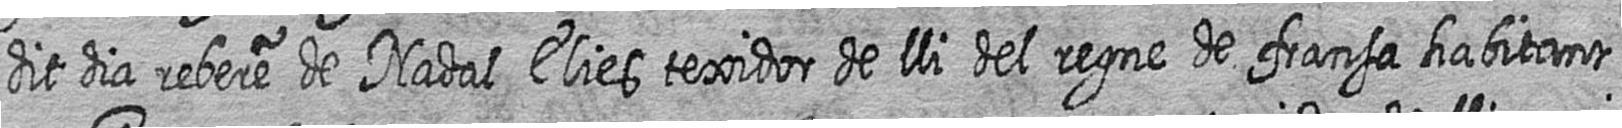
dit dia rebere de Nadal Elies texidor de lli del regne de fransa habitant